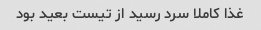
غذا کاملا سرد رسید از تیست بعید بود